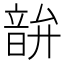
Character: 𫖘